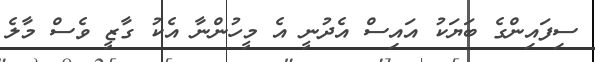
ސިފައިންގެ ބަޔަކު އައިސް އެދުނީ އެ މީހުންނާ އެކު ގާޒީ ވެސް މާލެ